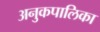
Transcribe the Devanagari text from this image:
अनुकपालिका